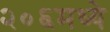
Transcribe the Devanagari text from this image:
२०६मध्ये